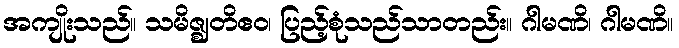
အကျိုးသည်။ သမိဇ္ဈတိဧဝ၊ ပြည့်စုံသည်သာတည်း။ ဂါမဏိ၊ ဂါမဏိ။